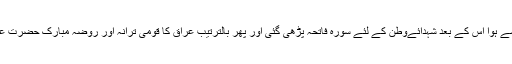
تقریب کا آغاز تلاوت قرآن پاک سے ہوا اس کے بعد شہدائےوطن کے لئے سورہ فاتحہ پڑھی گئی اور پھر بالترتیب عراق کا قومی ترانہ اور روضہ مبارک حضرت عباس علیہ السلام کا ترانہ پڑھا گیا۔